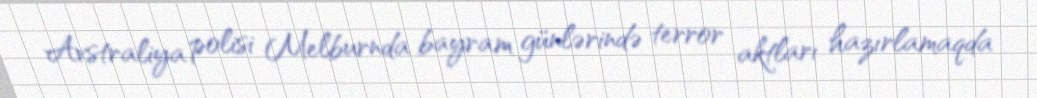
Avstraliya polisi Melburnda bayram günlərində terror aktları hazırlamaqda